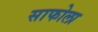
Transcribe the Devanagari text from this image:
साफोला